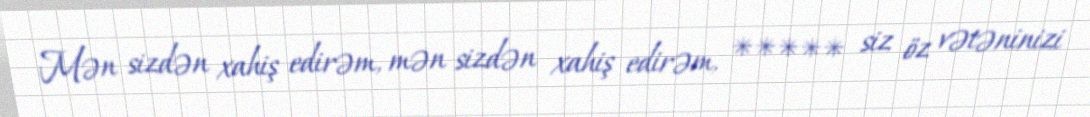
Mən sizdən xahiş edirəm, mən sizdən xahiş edirəm, ***** siz öz vətəninizi